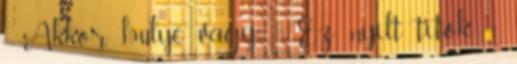
- Akkor hülye vagy. - Ez nyílt titok –